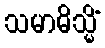
သမာဓိသ္မိံ